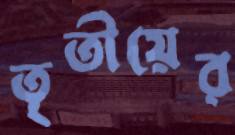
তৃতীয়ের